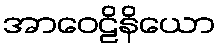
အာဝေဠိနိယော